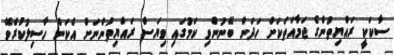
ސާކަކީ ރައްޔިތުންގެ ޖަމާއަތަކަށް ހަދަން ބޭނުންވި ކަމުގައި ވިޔަސް ރައްޔިތުންނަށް އެކަން ހާސިލުކުރެވޭ